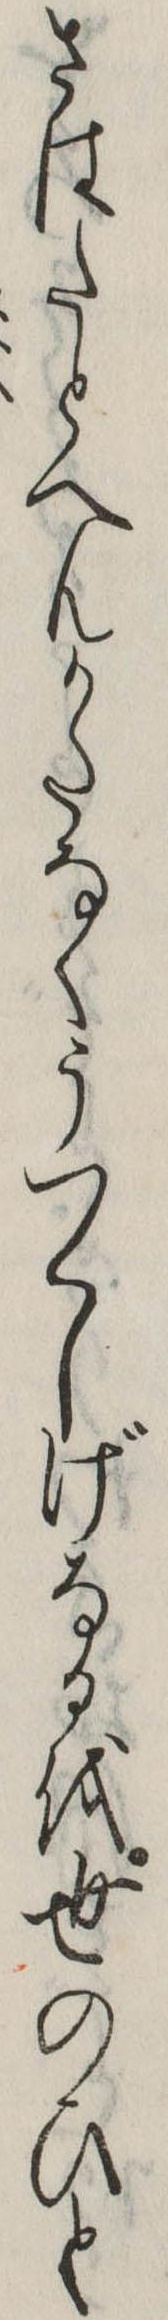
さはたとへんかたなくうつくしげなるを世のひと